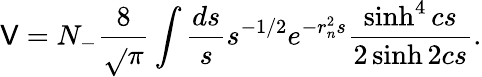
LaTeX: \mathsf{V}=N_{-}\frac{{8}}{{\sqrt{}{{\pi}}}}\int\frac{{ds}}{{s}}s^{-1/2}e^{-r_{n}^{2}s}\frac{{\sinh^{4}cs}}{{2\sinh2cs}}.